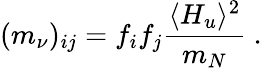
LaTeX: (m_{\nu})_{ij}=f_{i}f_{j}{\frac{\langle H_{u}\rangle^{2}}{m_{N}}}~.